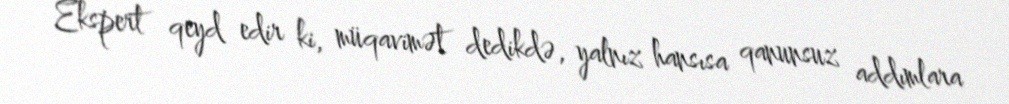
Ekspert qeyd edir ki, müqavimət dedikdə, yalnız hansısa qanunsuz addımlara